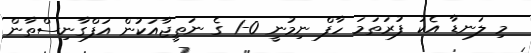
މި ލަނޑާ އެކު ފުރަތަމަ ހާފް ނިމުނީ 0-1 ގެ ނަތީޖާއަކުން އަފްގާނިސްތާން